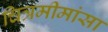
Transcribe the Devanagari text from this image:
चित्रमीमांसा